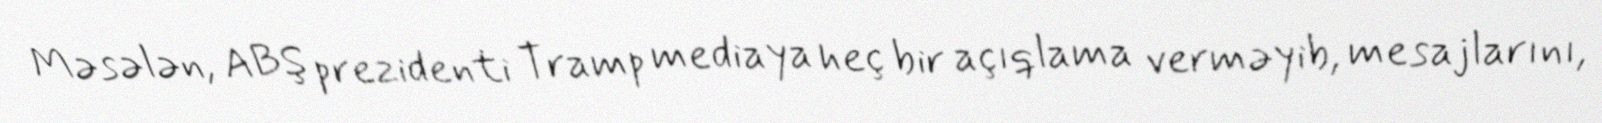
Məsələn, ABŞ prezidenti Tramp mediaya heç bir açıqlama verməyib, mesajlarını,